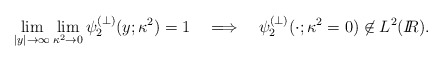
\begin{align*}\lim_{|y|\rightarrow \infty} \lim_{\kappa^2\rightarrow 0}\psi_2^{(\perp)}(y;\kappa^2) = 1 \quad \Longrightarrow \quad \psi_2^{(\perp)}(\cdot;\kappa^2=0)\not\in L^2(I\!\!R).\end{align*}